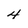
Character: 4